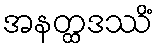
အနတ္ထဒဿိံ